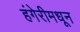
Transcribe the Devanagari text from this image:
हंगेरीमधून